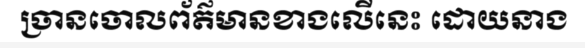
ច្រានចោលព័ត៌មានខាងលើនេះ ដោយនាង